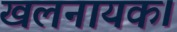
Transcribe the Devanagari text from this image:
खलनायक।